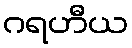
ဂရဟီယ